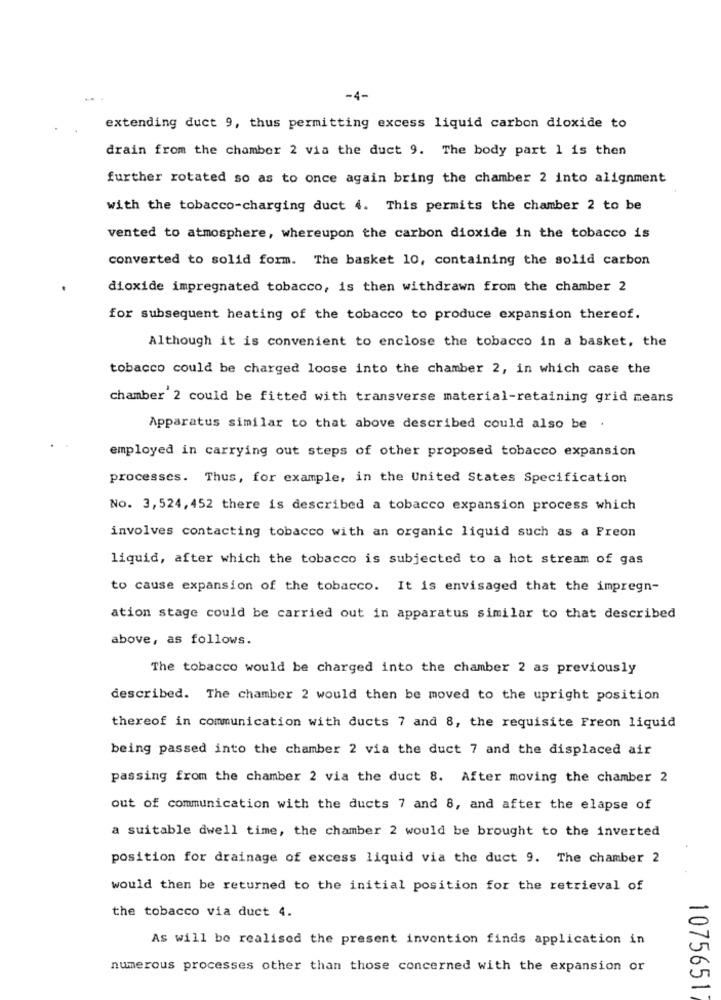
-4-
extending duct 9, thus permitting excess liquid carbon dioxide to
drain from the chamber 2 via the duct 9. The body part 1 is then
further rotated so as to once again bring the chamber 2 into alignment
with the tobacco-charging duct 4. This permits the chamber 2 to be
vented to atmosphere, whereupon the carbon dioxide in the tobacco is
converted to solid form. The basket 10, containing the solid carbon
dioxide impregnated tobacco, is then withdrawn from the chamber 2
for subsequent heating of the tobacco to produce expansion thereof.
Although it is convenient to enclose the tobacco in a basket, the
tobacco could be charged loose into the chamber 2, in which case the
chamber 2 could be fitted with transverse material-retaining grid means
Apparatus similar to that above described could also be .
employed in carrying out steps of other proposed tobacco expansion
processes. Thus, for example, in the United States Specification
No. 3,524, 452 there is described a tobacco expansion process which
involves contacting tobacco with an organic liquid such as a Freon
liquid, after which the tobacco is subjected to a hot stream of gas
to cause expansion of the tobacco. It is envisaged that the impregn-
ation stage could be carried out in apparatus similar to that described
above, as follows.
The tobacco would be charged into the chamber 2 as previously
described. The chamber 2 would then be moved to the upright position
thereof in communication with ducts 7 and 8, the requisite Freon liquid
being passed into the chamber 2 via the duct 7 and the displaced air
passing from the chamber 2 via the duct 8. After moving the chamber 2
out of communication with the ducts 7 and 8, and after the elapse of
a suitable dwell time, the chamber 2 would be brought to the inverted
position for drainage of excess liquid via the duct 9. The chamber 2
would then be returned to the initial position for the retrieval of
the tobacco via duct 4.
As will be realised the present invention finds application in
numerous processes other than those concerned with the expansion or
1075651